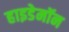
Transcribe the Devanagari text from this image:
हाइडेमॉन